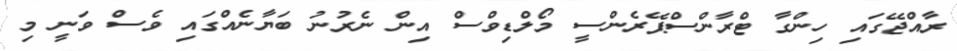
ރާއްޖޭގައި ހިންގާ ޓްރާންސްޕޭރެންސީ މޯލްޑިވްސް އިން ނެރުނު ބަޔާނެއްގައި ވެސް ވަނީ މި